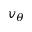
v _ { \theta }